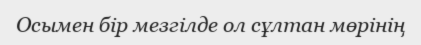
Осымен бір мезгілде ол сұлтан мөрінің